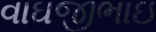
વાઘજીભાઇ